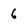
Character: 6